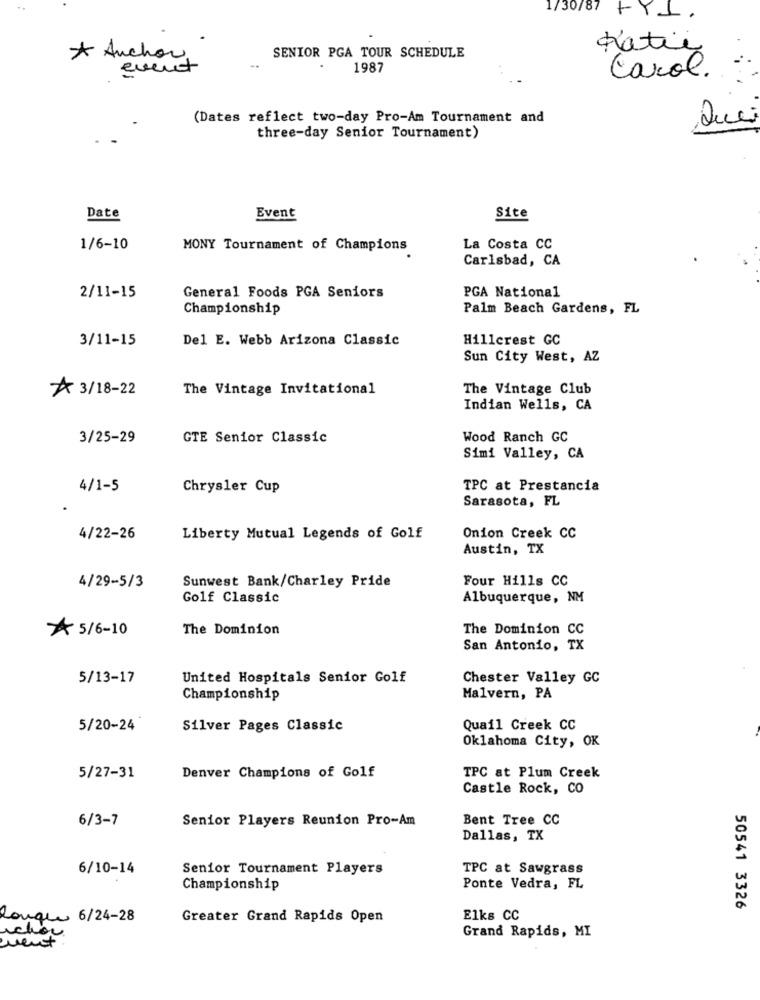
1/30/87 +YI.
Katie
* Auchan
SENIOR PGA TOUR SCHEDULE
1987
Carol.
(Dates reflect two-day Pro-Am Tournament and
Que
three-day Senior Tournament)
Date
Event
Site
1/6-10
MONY Tournament of Champions
La Costa CC
Carlsbad, CA
PGA National
2/11-15
General Foods PGA Seniors
Championship
Palm Beach Gardens, FL
3/11-15
Del E. Webb Arizona Classic
Hillcrest GC
Sun City West, AZ
3/18-22
The Vintage Invitational
The Vintage Club
Indian Wells, CA
3/25-29
GTE Senior Classic
Wood Ranch GC
Simi Valley, CA
4/1-5
Chrysler Cup
TPC at Prestancia
Sarasota, FL
4/22-26
Liberty Mutual Legends of Golf
Onion Creek CC
Austin, TX
Sunwest Bank/Charley Pride
Four Hills CC
4/29-5/3
Golf Classic
Albuquerque, NM
5/6-10
The Dominion
The Dominion CC
San Antonio, TX
5/13-17
United Hospitals Senior Golf
Chester Valley GC
Championship
Malvern, PA
5/20-24
Silver Pages Classic
Quail Creek CC
Oklahoma City, OK
5/27-31
Denver Champions of Golf
TPC at Plum Creek
Castle Rock, CO
6/3-7
Senior Players Reunion Pro-Am
Bent Tree CC
Dallas, TX
6/10-14
Senior Tournament Players
TPC at Sawgrass
Championship
Ponte Vedra, FL
50541 3326
longue 6/24-28
Greater Grand Rapids Open
E1ks CC
Grand Rapids, MI
ment